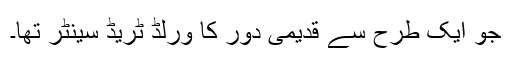
جو ایک طرح سے قدیمی دور کا ورلڈ ٹریڈ سینٹر تھا۔